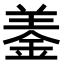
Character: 𨦋